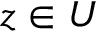
z \in U